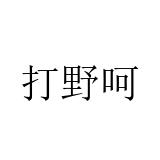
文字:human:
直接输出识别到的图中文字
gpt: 打野呵